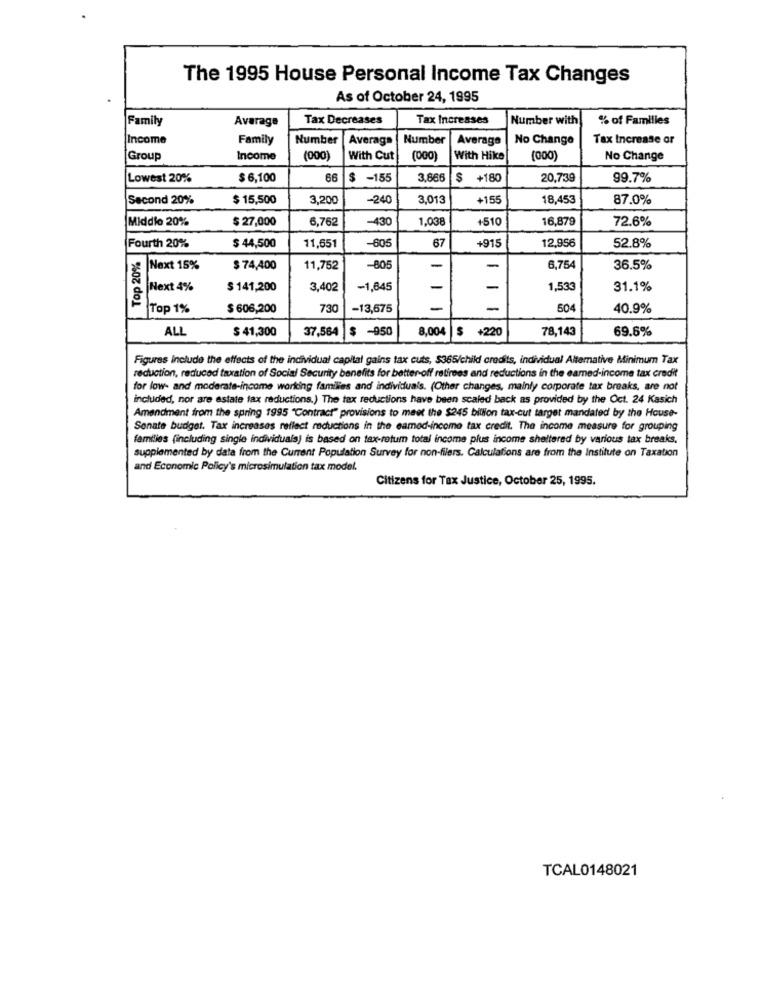
The 1995 House Personal Income Tax Changes
As of October 24, 1995
Family
Average
Tax Decreases
Tax Increases
Number with
% of Families
Income
Family
Number |Average
Number |Average
No Change
Tax Increase or
Group
Income
(000)
With Cut
(000)
With Hike
(000)
No Change
Lowest 20%
$ 6,100
66
$ -155
3.666
$ +180
20,739
99.7%
Second 20%
$ 15,500
3,200
-240
3,013
+155
18,453
87.0%
Middle 20%
$ 27,000
6,762
-430
1,03
+510
16,879
72.6%
11,651
-80€
67
+915
12,956
Fourth 20%
$ 44,500
52.8%
Top 20%
Next 15%
$74,400
11,752
-80
-
-
6,754
36.5%
Next 4%
$ 141,200
3,402
-1,845
-
-
1,533
31.1%
Top 1%
$ 606,200
730
-13,675
-
504
40.9%
ALL
$ 41,300
37,564
$ -950
8,004
+220
78,143
69.6%
Figures include the effects of the individual capital gains tax cuts, $365/child credits, individual Altemative Minimum Tax
reduction, reduced taxation of Social Security benefits for better off retirees and reductions in the eamed-income tax credit
for low- and moderate-income working families and individuals. (Other changes, mainly corporate tax breaks, are not
included, nor are estate tax reductions.) The tax reductions have been scaled back as provided by the Oct. 24 Kasich
Amendment from the spring 1995 "Contract" provisions to meet the $245 billion tax-cut target mandated by the House-
Senate budget. Tax increases reflect reductions in the eamed-income tax credit. The income measure for grouping
families (including single individuals) is based on tax-retum total income plus income sheltered by various tax breaks.
supplemented by data from the Current Population Survey for non-filers. Calculations are from the Institute on Taxation
and Economic Policy's microsimulation tax model.
Citizens for Tax Justice, October 25, 1995.
TCAL0148021